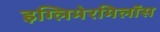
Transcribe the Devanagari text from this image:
इग्लिमेरमिलॉस